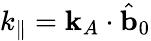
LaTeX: k_{\parallel}=\mathbf{k}_{A}\cdot\hat{\mathbf{b}}_{0}